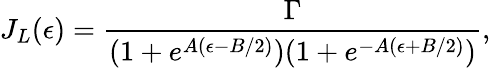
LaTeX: J_{L}(\epsilon)=\frac{\Gamma}{(1+e^{A(\epsilon-B/2)})(1+e^{-A(\epsilon+B/2)})},